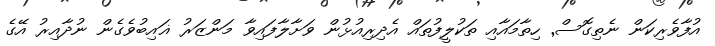
އުފާވެރިކަން ނެތިގޮސް